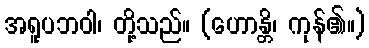
အရူပဘဝါ၊ တို့သည်။ (ဟောန္တိ၊ ကုန်၏။)